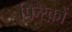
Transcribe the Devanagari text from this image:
फिरक़ों